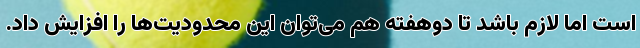
است اما لازم باشد تا دوهفته هم می‌توان این محدودیت‌ها را افزایش داد.